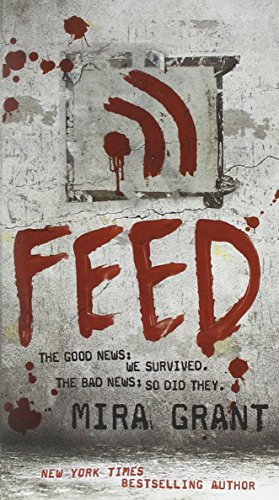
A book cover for Feed (Newsflesh, Book 1); Mira Grant; Science Fiction & Fantasy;